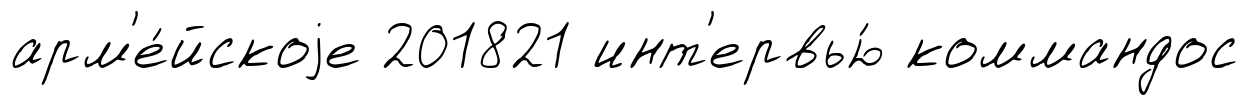
арм'е́йскоjе 201821 инт'ервью́ коммандос